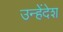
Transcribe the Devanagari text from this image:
उन्हेंदेश